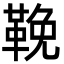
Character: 鞔